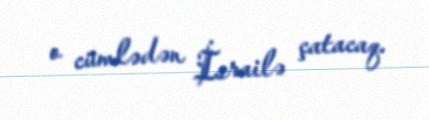
o cümlədən İsrailə çatacaq.